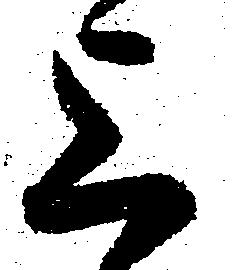
上